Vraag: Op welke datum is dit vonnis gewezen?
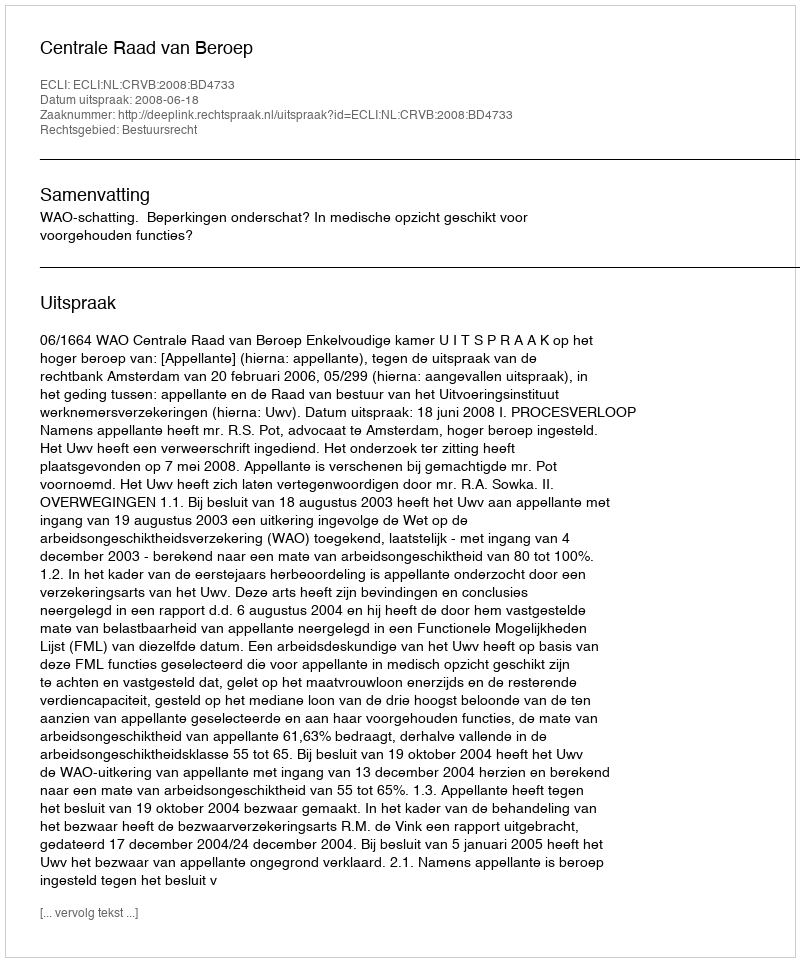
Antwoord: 2008-06-18